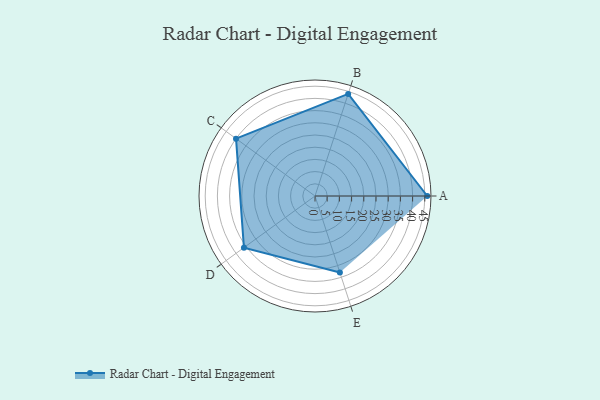
{"axis": {"x": "Skill", "y": "Score"}, "legend": ["Profile"], "data": [{"x": "A", "y": 46.0, "type": "Profile"}, {"x": "B", "y": 44.0, "type": "Profile"}, {"x": "C", "y": 40.0, "type": "Profile"}, {"x": "D", "y": 36.0, "type": "Profile"}, {"x": "E", "y": 33.0, "type": "Profile"}]}